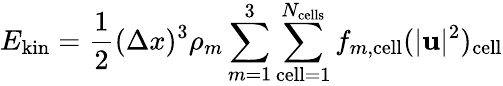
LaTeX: E_{\mathrm{kin}}=\frac{1}{2}(\Delta x)^{3}\rho_{m}\sum_{m=1}^{3}\sum_{\mathrm{cell}=1}^{N_{\mathrm{cells}}}f_{m,\mathrm{cell}}(|\mathbf{u}|^{2})_{\mathrm{cell}}